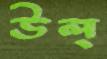
উল্‌